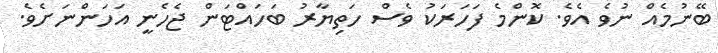
ބޭނުމެއް ނުވެ އެވެ. ކޮންމެ ފަހަރަކު ވެސް ހަތިޔާރު ބަހައްޓަން ޖެހެނީ އަހަންނަށެވެ.